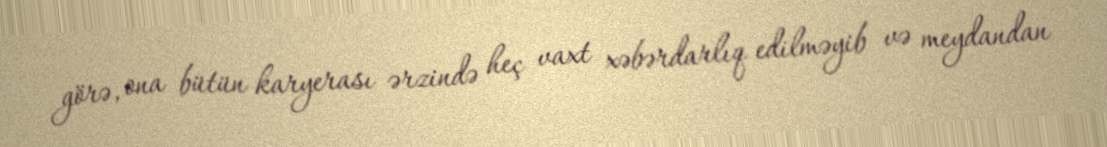
görə, ona bütün karyerası ərzində heç vaxt xəbərdarlıq edilməyib və meydandan